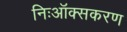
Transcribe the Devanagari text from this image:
निःऑक्सकरण